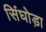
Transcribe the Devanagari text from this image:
सिंघोड़ा